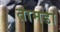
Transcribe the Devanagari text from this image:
तामडा